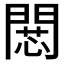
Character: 𢠶